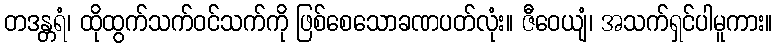
တဒန္တရံ၊ ထိုထွက်သက်ဝင်သက်ကို ဖြစ်စေသောခဏပတ်လုံး။ ဇီဝေယျံ၊ အသက်ရှင်ပါမူကား။